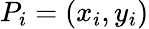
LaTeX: P_{i}=(x_{i},y_{i})